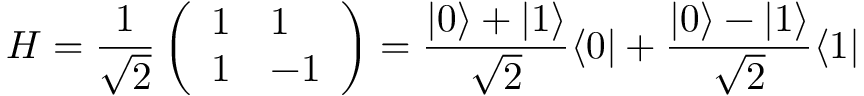
H = \frac { 1 } { \sqrt { 2 } } \left( \begin{array} { l l } { 1 } & { 1 } \\ { 1 } & { - 1 } \end{array} \right) = \frac { \vert 0 \rangle + \vert 1 \rangle } { \sqrt { 2 } } \langle 0 \vert + \frac { \vert 0 \rangle - \vert 1 \rangle } { \sqrt { 2 } } \langle 1 \vert